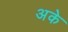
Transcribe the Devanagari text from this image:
अके